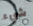
شيء